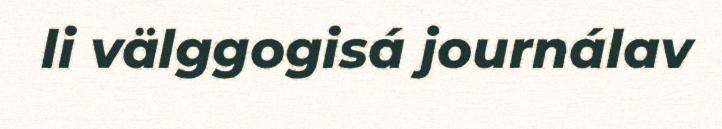
li välggogisá journálav